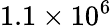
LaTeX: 1.1\times 10^{6}